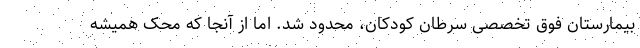
بیمارستان فوق تخصصی سرطان کودکان، محدود شد. اما از آنجا که محک همیشه